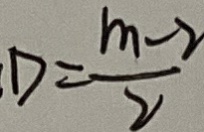
D = \frac { m - 2 } { 2 }